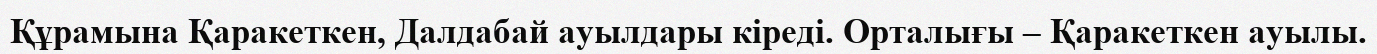
Құрамына Қаракеткен, Далдабай ауылдары кіреді. Орталығы – Қаракеткен ауылы.